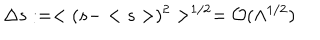
\Delta s : = < ( s - < s > ) ^ { 2 } > ^ { 1 / 2 } = { \cal O } ( \Lambda ^ { 1 / 2 } )